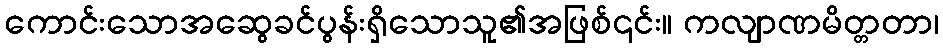
ကောင်းသောအဆွေခင်ပွန်းရှိသောသူ၏အဖြစ်၎င်း။ ကလျာဏမိတ္တတာ၊